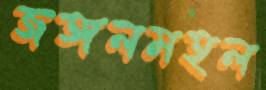
জঙ্গলমহল